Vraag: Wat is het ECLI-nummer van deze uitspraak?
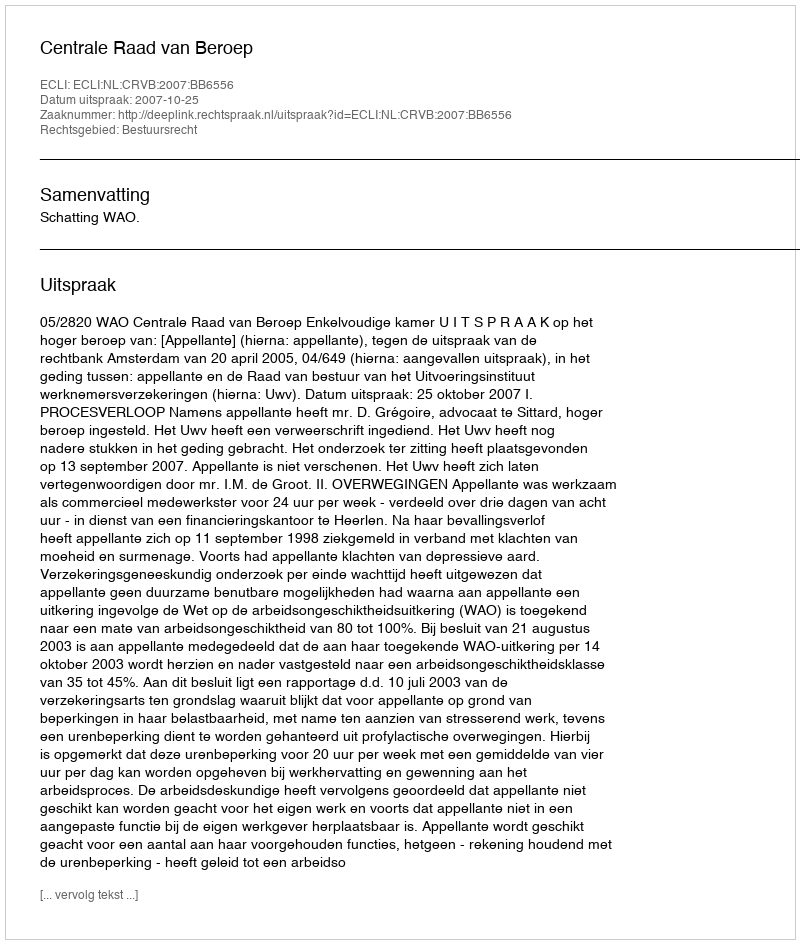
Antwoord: ECLI:NL:CRVB:2007:BB6556